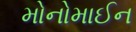
મોનોમાઈન